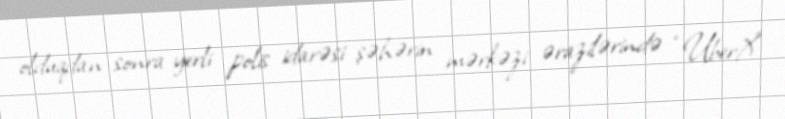
olduqdan sonra yerli polis idarəsi şəhərin mərkəzi ərazilərində “UberX”